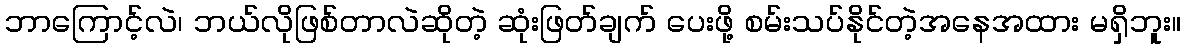
ဘာကြောင့်လဲ၊ ဘယ်လိုဖြစ်တာလဲဆိုတဲ့ ဆုံးဖြတ်ချက် ပေးဖို့ စမ်းသပ်နိုင်တဲ့အနေအထား မရှိဘူး။